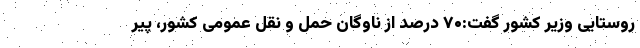
روستایی وزیر کشور گفت:۷۰ درصد از ناوگان حمل و نقل عمومی کشور، پیر